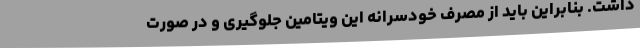
داشت. بنابراین باید از مصرف خودسرانه این ویتامین جلوگیری و در صورت